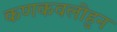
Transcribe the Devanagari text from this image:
कणकवलीहुन